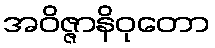
အဝိဇ္ဇာနိဝုတော